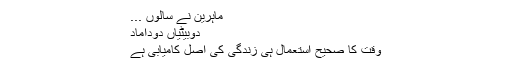
ماہرین نے سالوں ...
دوبیٹیاں دوداماد
وقت کا صحیح استعمال ہی زندگی کی اصل کامیابی ہے